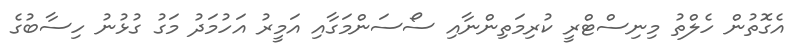
އެގޮތުން ހެލްތު މިނިސްޓްރީ ކުރިމަތިންނާއި ސޯސަންމަގާއި އަމީރު އަހުމަދު މަގު ގުޅުނު ހިސާބުގެ